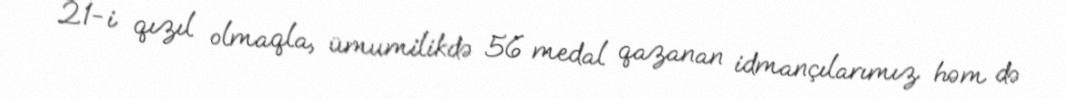
21-i qızıl olmaqla, ümumilikdə 56 medal qazanan idmançılarımız həm də